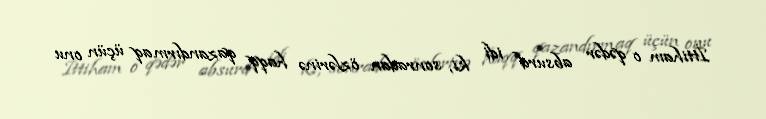
İttiham o qədər absurd idi ki, sonradan özlərinə haqq qazandırmaq üçün onu